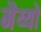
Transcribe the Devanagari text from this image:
मैय्यो